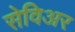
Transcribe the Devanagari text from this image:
सेविअर